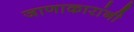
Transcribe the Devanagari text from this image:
जाणाकारांनी